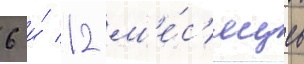
6 и́ 12 м'е́с'яцев